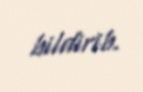
bildirib.